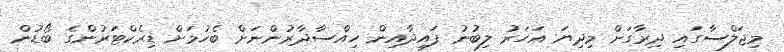
މިޖަލްސާގައި ދިރާގަށް މިދިޔަ އަހަރު ލިބުނު ފައިދާއިން ހިއްސާދާރުންނަށް ބެހުމަށް ޑިރެކްޓަރުންގެ ބޯޑުން